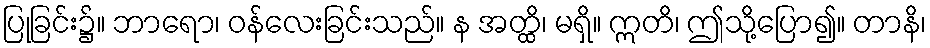
ပြုခြင်း၌။ ဘာရော၊ ဝန်လေးခြင်းသည်။ န အတ္ထိ၊ မရှိ။ ဣတိ၊ ဤသို့ပြော၍။ တာနိ၊